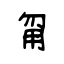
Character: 甮